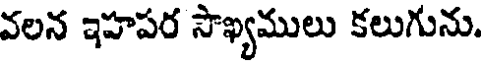
వలన ఇహపర సౌఖ్యములు కలుగును.